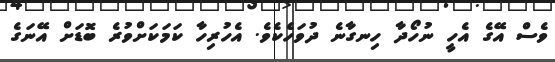
ވެސް އޭގެ އެހީ ނުހޯދާ ހިނގާނެ ދުވަހެކެވެ. އެހުރިހާ ކަމަކަށްވުރެ ބޮޑަށް އޭނަގެ